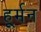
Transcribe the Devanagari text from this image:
हूर्मन